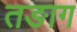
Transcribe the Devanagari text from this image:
तङाग